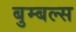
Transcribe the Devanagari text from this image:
बुम्बल्स